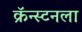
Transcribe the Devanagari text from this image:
क्रॅन्स्टनला